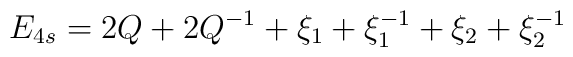
E_{4s}=2Q+2Q^{-1}+\xi _{1}+\xi _{1}^{-1}+\xi _{2}+\xi _{2}^{-1}